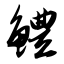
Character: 鳢